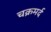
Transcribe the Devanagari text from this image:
चक्रमर्द